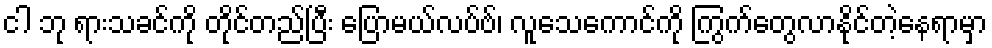
ငါ ဘု ရားသခင်ကို တိုင်တည်ပြီး ပြောမယ်လပ်ဗ်၊ လူသေကောင်ကို ကြွက်တွေလာနိုင်တဲ့နေရာမှာ